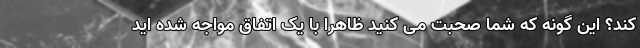
کند؟ این گونه که شما صحبت می کنید ظاهرا با یک اتفاق مواجه شده اید